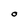
Character: O